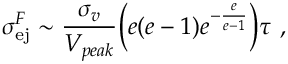
\sigma _ { \mathrm { e j } } ^ { F } \sim \frac { \sigma _ { v } } { V _ { p e a k } } \Big ( e ( e - 1 ) e ^ { - \frac { e } { e - 1 } } \Big ) \tau ~ ,